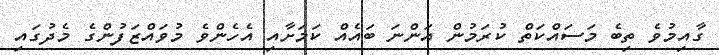
ގާއިމުވެ ތިބެ މަސައްކަތް ކުރަމުން އަންނަ ބައެއް ކަމަށާއި އެހެންވެ މުވައްޒަފުންގެ މެދުގައި